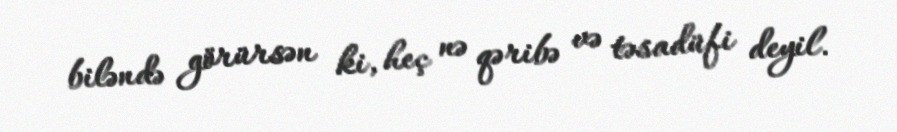
biləndə görürsən ki, heç nə qəribə və təsadüfi deyil.